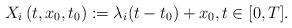
LaTeX: \begin{align*}X_i\left(t, x_{0}, t_{0}\right) := \lambda_i(t-t_{0})+x_{0}, t \in[0, T].\end{align*}